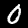
Label: 0